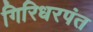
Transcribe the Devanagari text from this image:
गिरिधरपंत